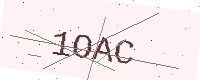
Text: 1OAC